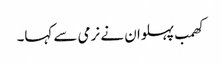
کھمب پہلوان نے نرمی سے کہا۔